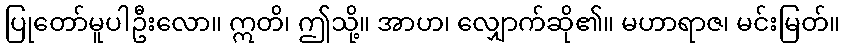
ပြုတော်မူပါဦးလော။ ဣတိ၊ ဤသို့။ အာဟ၊ လျှောက်ဆို၏။ မဟာရာဇ၊ မင်းမြတ်။